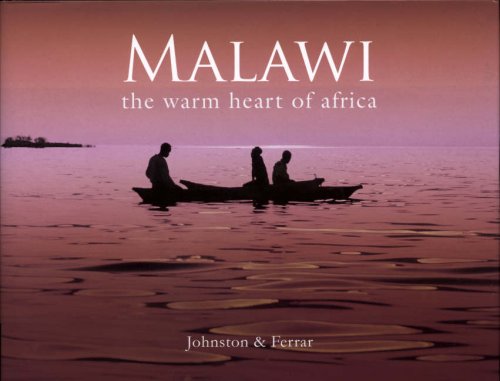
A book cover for Malawi: The Warm Heart Of Africa; Frank Johnston; Travel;